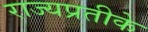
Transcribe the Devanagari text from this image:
राज्यप्रतीके